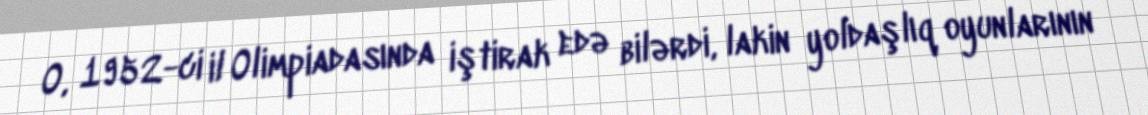
O, 1952-ci il Olimpiadasında iştirak edə bilərdi, lakin yoldaşlıq oyunlarının